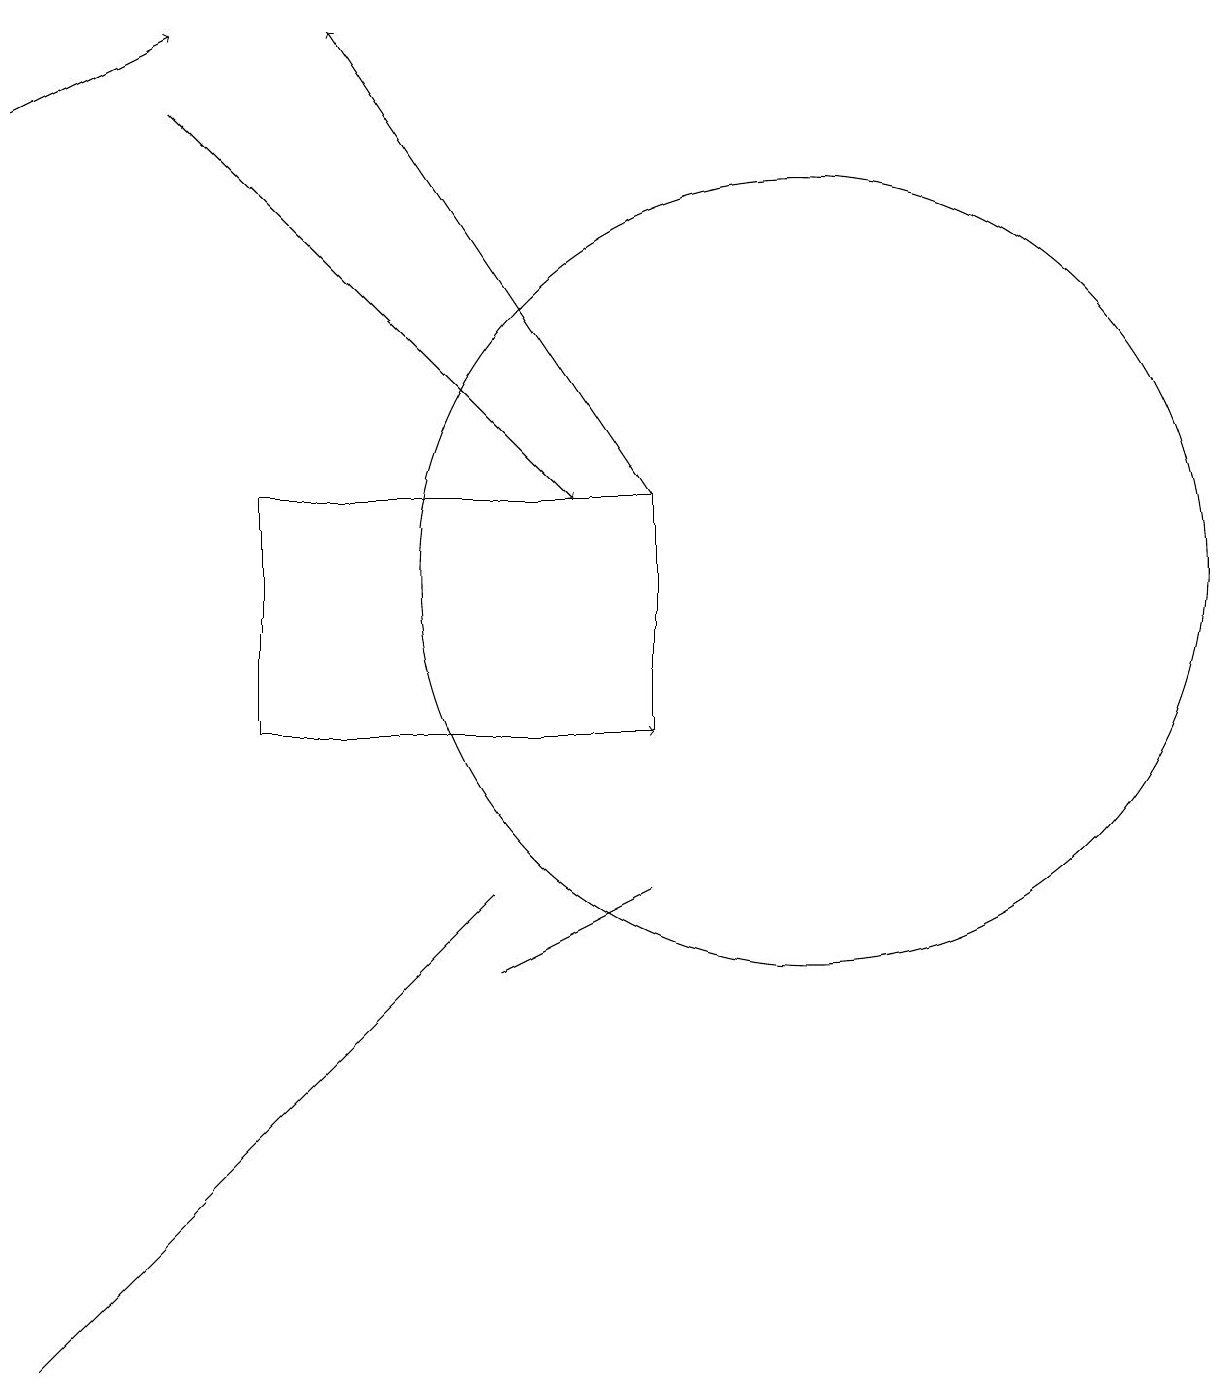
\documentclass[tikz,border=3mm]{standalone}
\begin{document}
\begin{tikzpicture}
\draw (7,8) -- (1,2) -- (2,3) -- cycle;
\draw[->] (3,18) -- (8,13);
\draw (9,10) rectangle (4,13);
\draw[->] (4,10) -- (9,10);
\draw (11,12) circle (5);
\draw (7,7) -- (9,8) -- (7,7) -- cycle;
\draw[->] (1,18) -- (3,19);
\draw[->] (9,13) -- (5,19);
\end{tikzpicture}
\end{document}